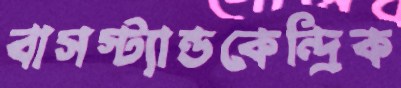
বাসস্ট্যান্ডকেন্দ্রিক